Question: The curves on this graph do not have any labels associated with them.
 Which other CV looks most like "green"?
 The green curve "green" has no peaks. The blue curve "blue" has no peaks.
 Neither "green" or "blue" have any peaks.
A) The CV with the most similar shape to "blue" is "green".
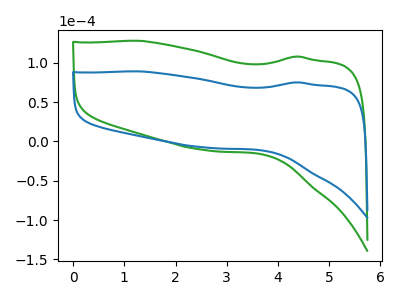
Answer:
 <answer>A) The CV with the most similar shape to "blue" is "green".</answer>
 <eval>A</eval>